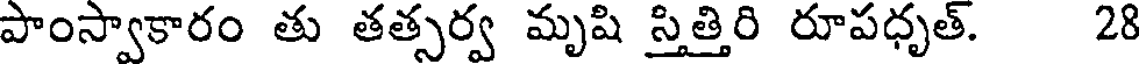
పాంస్వాకారం తు తత్సర్వ మృషి స్తిత్తిరి రూపధృత్. 28